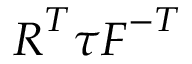
{ \boldsymbol { R } } ^ { T } { \boldsymbol { \tau } } { \boldsymbol { F } } ^ { - T }